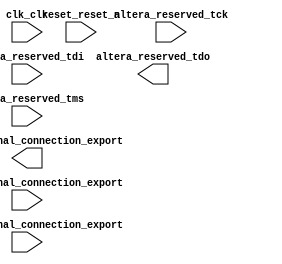
// Copyright (C) 2018  Intel Corporation. All rights reserved.
// Your use of Intel Corporation's design tools, logic functions 
// and other software and tools, and its AMPP partner logic 
// functions, and any output files from any of the foregoing 
// (including device programming or simulation files), and any 
// associated documentation or information are expressly subject 
// to the terms and conditions of the Intel Program License 
// Subscription Agreement, the Intel Quartus Prime License Agreement,
// the Intel FPGA IP License Agreement, or other applicable license
// agreement, including, without limitation, that your use is for
// the sole purpose of programming logic devices manufactured by
// Intel and sold by Intel or its authorized distributors.  Please
// refer to the applicable agreement for further details.

module Exo1_leds_sys
(
// {ALTERA_ARGS_BEGIN} DO NOT REMOVE THIS LINE!

	altera_reserved_tck,
	altera_reserved_tdi,
	altera_reserved_tdo,
	altera_reserved_tms,
	clk_clk,
	pio_0_external_connection_export,
	pio_1_external_connection_export,
	pio_2_external_connection_export,
	reset_reset_n
// {ALTERA_ARGS_END} DO NOT REMOVE THIS LINE!

);

// {ALTERA_IO_BEGIN} DO NOT REMOVE THIS LINE!
input			altera_reserved_tck;
input			altera_reserved_tdi;
output			altera_reserved_tdo;
input			altera_reserved_tms;
input			clk_clk;
output	[7:0]	pio_0_external_connection_export;
input			pio_1_external_connection_export;
input	[7:0]	pio_2_external_connection_export;
input			reset_reset_n;

// {ALTERA_IO_END} DO NOT REMOVE THIS LINE!
// {ALTERA_MODULE_BEGIN} DO NOT REMOVE THIS LINE!
// {ALTERA_MODULE_END} DO NOT REMOVE THIS LINE!
endmodule